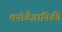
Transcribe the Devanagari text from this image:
मनोवैज्ञानिकी